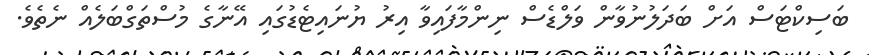
ބަސިކްޓަސް އަށް ބަދަލުނުވާން ވަލްޑެސް ނިންމާފައިވާ އިރު ޔުނައިޓެޑުގައި އޭނާގެ މުސްތަގްބަލެއް ނެތެވެ.